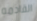
القادمه